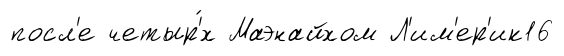
посл'е четыр'́х Маэнайхом Л'им'ер'ик16